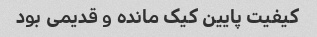
کیفیت پایین کیک مانده و قدیمی بود